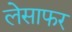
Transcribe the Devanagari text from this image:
लेसाफर